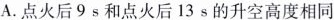
A.点火后9s和点火后13s的升空高度相同